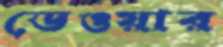
ডেওয়ার